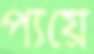
প্যয়ে